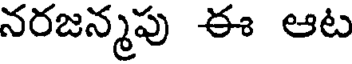
నరజన్మపు ఈ ఆట